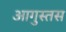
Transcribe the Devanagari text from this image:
आगुस्तस